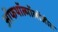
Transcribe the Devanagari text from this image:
ऑफथॉल्मॉलॉजीत